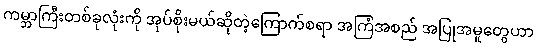
ကမ္ဘာကြီးတစ်ခုလုံးကို အုပ်စိုးမယ်ဆိုတဲ့ကြောက်စရာ အကြံအစည် အပြုအမူတွေဟာ